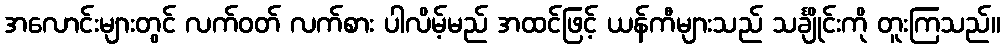
အလောင်းများတွင် လက်ဝတ် လက်စား ပါလိမ့်မည် အထင်ဖြင့် ယန်ကီများသည် သင်္ချိုင်းကို တူးကြသည်။